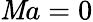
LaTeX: \mathit{M}a=0